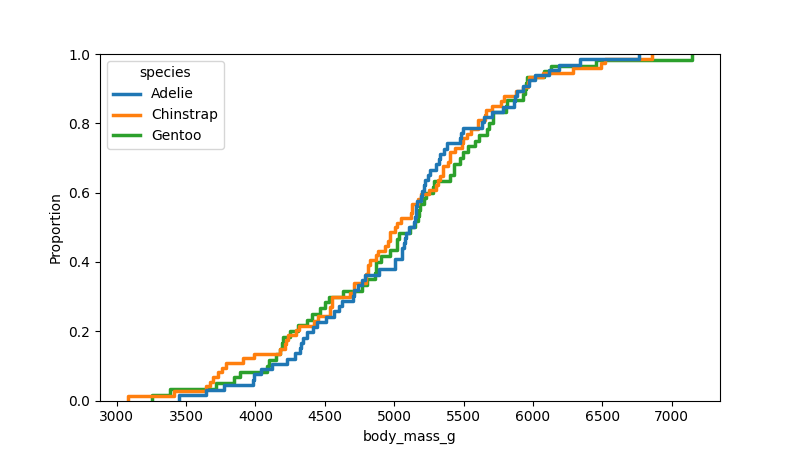
python, seaborn, ecdfplot, column='body_mass_g', hue='species', stat='proportion', linewidth=2.5